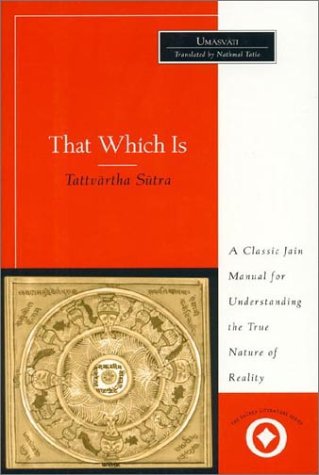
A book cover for That Which Is: Tattvartha Sutra (Sacred Literature); U Umasvati; Religion & Spirituality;